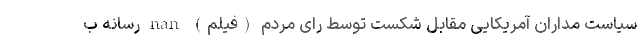
سیاست مداران آمریکایی مقابل شکست توسط رای مردم (فیلم) nan رسانه ب